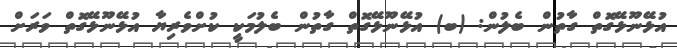
އުޅޭނޫޅޭގޮތް ގާތުން ބެލުން: (ބ) އުޅޭނޫޅޭގޮތް ގާތުން ބެލުމަކީ ކުށްވެރިޔާ އުޅޭނޫޅޭގޮތް ވަރަށް